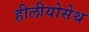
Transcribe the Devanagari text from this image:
हीलीयोसेथ